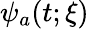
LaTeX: \psi_{a}(t;\xi)